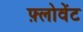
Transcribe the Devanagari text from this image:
फ़्लोवेंट